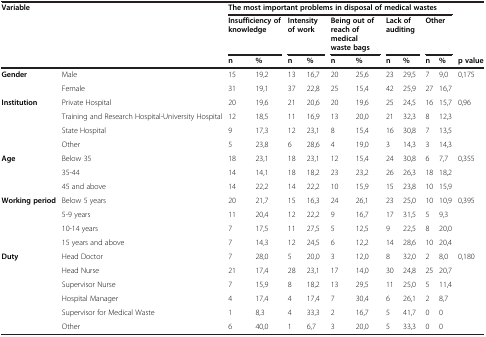
<table><thead><tr><td rowspan="2"><b>Variable</b></td><td rowspan="2"><b> </b></td><td colspan="10"><b>The most important problems in disposal of medical wastes</b></td><td><b> </b></td></tr><tr><td colspan="2"><b>Insufficiency of knowledge</b></td><td colspan="2"><b>Intensity of work</b></td><td colspan="2"><b>Being out of reach of medical waste bags</b></td><td colspan="2"><b>Lack of auditing</b></td><td colspan="2"><b>Other</b></td><td><b> </b></td></tr><tr><td><b> </b></td><td><b> </b></td><td><b>n</b></td><td><b>%</b></td><td><b>n</b></td><td><b>%</b></td><td><b>n</b></td><td><b>%</b></td><td><b>n</b></td><td><b>%</b></td><td><b>n</b></td><td><b>%</b></td><td><b>p value</b></td></tr></thead><tbody><tr><td rowspan="2"><b>Gender</b></td><td>Male</td><td>15</td><td>19,2</td><td>13</td><td>16,7</td><td>20</td><td>25,6</td><td>23</td><td>29,5</td><td>7</td><td>9,0</td><td rowspan="2">0,175</td></tr><tr><td>Female</td><td>31</td><td>19,1</td><td>37</td><td>22,8</td><td>25</td><td>15,4</td><td>42</td><td>25,9</td><td>27</td><td>16,7</td></tr><tr><td rowspan="4"><b>Institution</b></td><td>Private Hospital</td><td>20</td><td>19,6</td><td>21</td><td>20,6</td><td>20</td><td>19,6</td><td>25</td><td>24,5</td><td>16</td><td>15,7</td><td rowspan="4">0,96</td></tr><tr><td>Training and Research Hospital-University Hospital</td><td>12</td><td>18,5</td><td>11</td><td>16,9</td><td>13</td><td>20,0</td><td>21</td><td>32,3</td><td>8</td><td>12,3</td></tr><tr><td>State Hospital</td><td>9</td><td>17,3</td><td>12</td><td>23,1</td><td>8</td><td>15,4</td><td>16</td><td>30,8</td><td>7</td><td>13,5</td></tr><tr><td>Other</td><td>5</td><td>23,8</td><td>6</td><td>28,6</td><td>4</td><td>19,0</td><td>3</td><td>14,3</td><td>3</td><td>14,3</td></tr><tr><td rowspan="3"><b>Age</b></td><td>Below 35</td><td>18</td><td>23,1</td><td>18</td><td>23,1</td><td>12</td><td>15,4</td><td>24</td><td>30,8</td><td>6</td><td>7,7</td><td rowspan="3">0,355</td></tr><tr><td>35-44</td><td>14</td><td>14,1</td><td>18</td><td>18,2</td><td>23</td><td>23,2</td><td>26</td><td>26,3</td><td>18</td><td>18,2</td></tr><tr><td>45 and above</td><td>14</td><td>22,2</td><td>14</td><td>22,2</td><td>10</td><td>15,9</td><td>15</td><td>23,8</td><td>10</td><td>15,9</td></tr><tr><td rowspan="4"><b>Working period</b></td><td>Below 5 years</td><td>20</td><td>21,7</td><td>15</td><td>16,3</td><td>24</td><td>26,1</td><td>23</td><td>25,0</td><td>10</td><td>10,9</td><td rowspan="4">0,395</td></tr><tr><td>5-9 years</td><td>11</td><td>20,4</td><td>12</td><td>22,2</td><td>9</td><td>16,7</td><td>17</td><td>31,5</td><td>5</td><td>9,3</td></tr><tr><td>10-14 years</td><td>7</td><td>17,5</td><td>11</td><td>27,5</td><td>5</td><td>12,5</td><td>9</td><td>22,5</td><td>8</td><td>20,0</td></tr><tr><td>15 years and above</td><td>7</td><td>14,3</td><td>12</td><td>24,5</td><td>6</td><td>12,2</td><td>14</td><td>28,6</td><td>10</td><td>20,4</td></tr><tr><td rowspan="5"><b>Duty</b></td><td>Head Doctor</td><td>7</td><td>28,0</td><td>5</td><td>20,0</td><td>3</td><td>12,0</td><td>8</td><td>32,0</td><td>2</td><td>8,0</td><td rowspan="5">0,180</td></tr><tr><td>Head Nurse</td><td>21</td><td>17,4</td><td>28</td><td>23,1</td><td>17</td><td>14,0</td><td>30</td><td>24,8</td><td>25</td><td>20,7</td></tr><tr><td>Supervisor Nurse</td><td>7</td><td>15,9</td><td>8</td><td>18,2</td><td>13</td><td>29,5</td><td>11</td><td>25,0</td><td>5</td><td>11,4</td></tr><tr><td>Hospital Manager</td><td>4</td><td>17,4</td><td>4</td><td>17,4</td><td>7</td><td>30,4</td><td>6</td><td>26,1</td><td>2</td><td>8,7</td></tr><tr><td>Supervisor for Medical Waste</td><td>1</td><td>8,3</td><td>4</td><td>33,3</td><td>2</td><td>16,7</td><td>5</td><td>41,7</td><td>0</td><td>0</td></tr><tr><td> </td><td>Other</td><td>6</td><td>40,0</td><td>1</td><td>6,7</td><td>3</td><td>20,0</td><td>5</td><td>33,3</td><td>0</td><td>0</td><td> </td></tr></tbody></table>